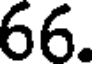
66.